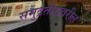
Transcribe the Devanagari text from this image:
समुद्रतीरावरील